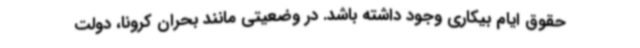
حقوق ایام بیکاری وجود داشته باشد. در وضعیتی مانند بحران کرونا، دولت